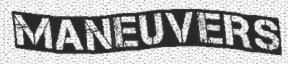
MANEUVERS